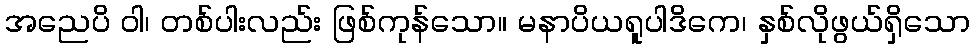
အညေပိ ဝါ၊ တစ်ပါးလည်း ဖြစ်ကုန်သော။ မနာပိယရူပါဒိကေ၊ နှစ်လိုဖွယ်ရှိသော